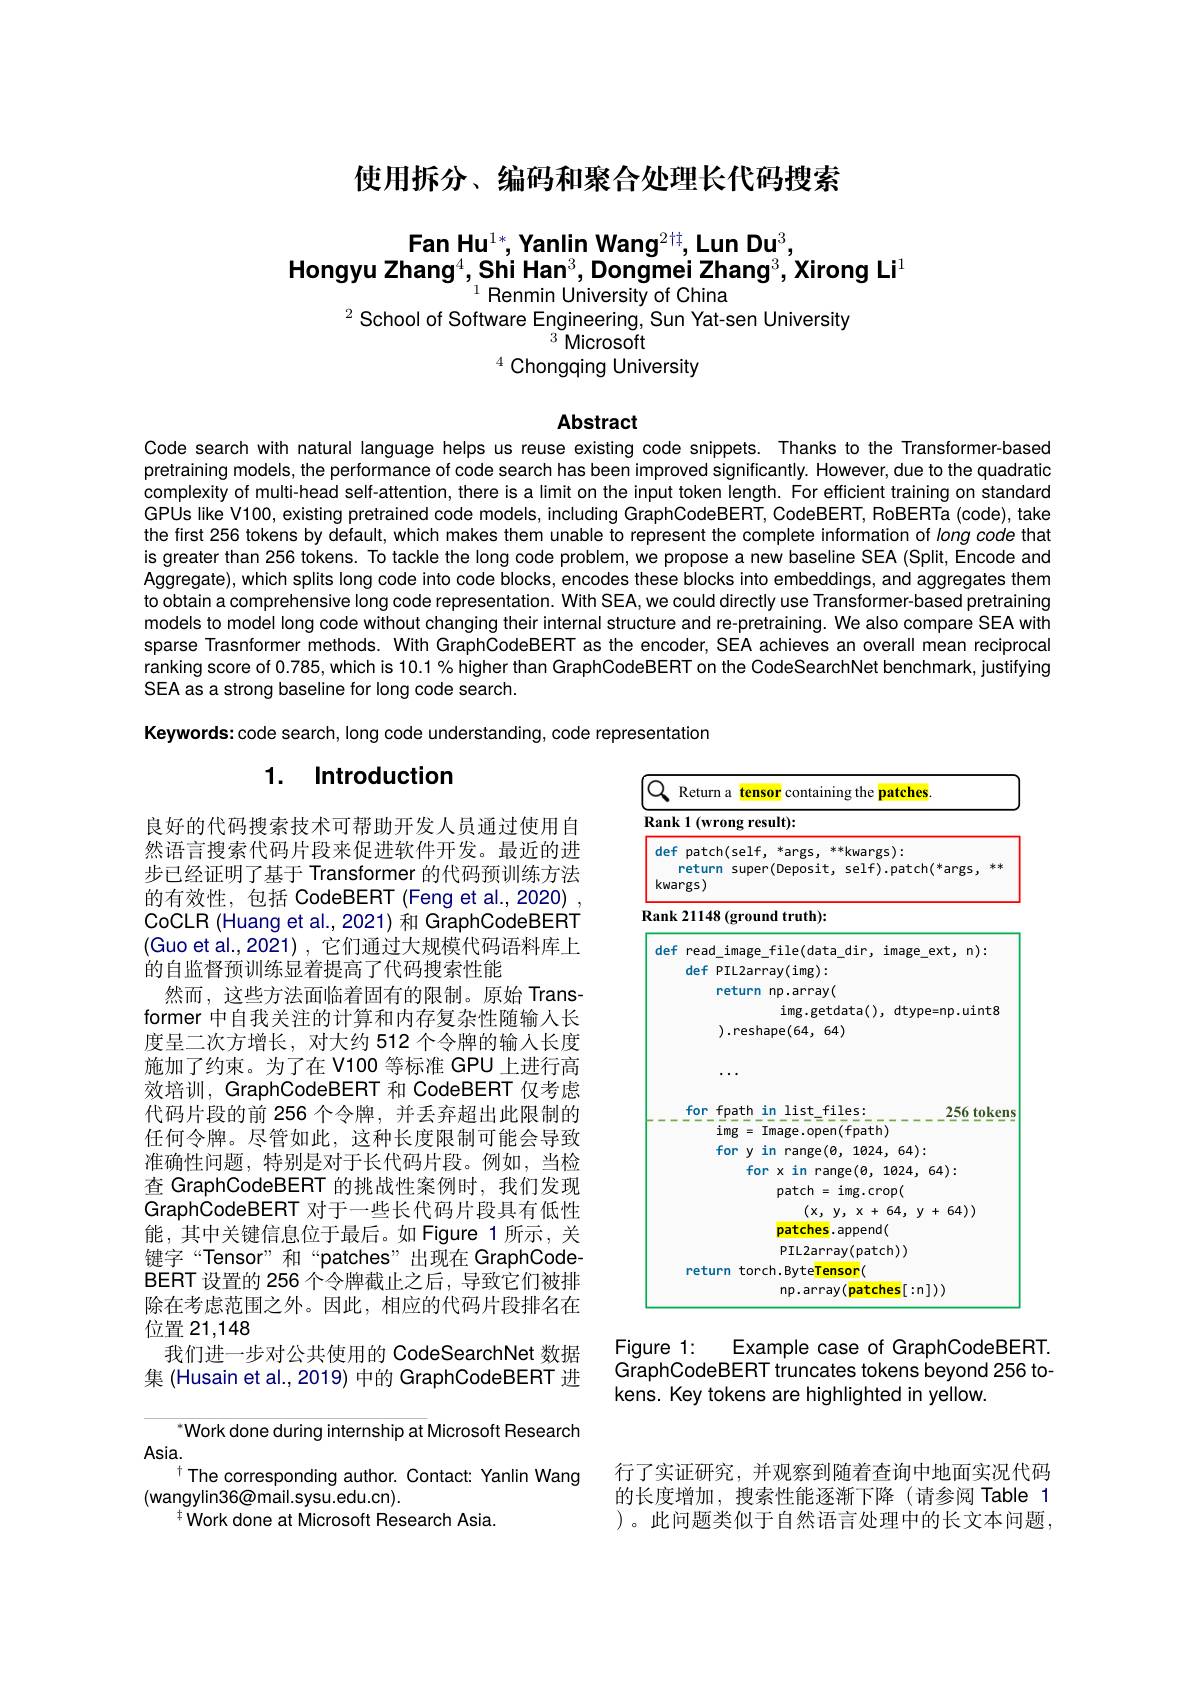
使用拆分、编码和聚合处理长代码搜索

$\textbf{Fan Hu}^{1*},\textbf{Yanlin Wang}^{2\text{t}},\textbf{Lun Du}^{3}$,
Hongyu Zhang$^4,\text{Shi Han}^3$,Dongmei Zhang$^3$,Xirong Li$^1$
# $^{1}{\text{Renmin University of China}}$

$^{2}$School of Software Engineering, Sun Yat-sen University
${}^{3}$Microsoft
$^4$ Chongqing University

Abstract

Code search with natural language helps us reuse existing code snippets. Thanks to the Transformer-based pretraining models, the performance of code search has been improved significantly. However, due to the quadratic complexity of multi-head self-attention, there is a limit on the input token length. For efficient training on standard GPUs like V100, existing pretrained code models, including GraphCodeBERT, CodeBERT, RoBERTa (code), take the first 256 tokens by default, which makes them unable to represent the complete information of long code that is greater than 256 tokens. To tackle the long code problem, we propose a new baseline SEA (Split, Encode and Aggregate), which splits long code into code blocks, encodes these blocks into embeddings, and aggregates them to obtain a comprehensive long code representation. With SEA, we could directly use Transformer-based pretraining models to model long code without changing their internal structure and re-pretraining. We also compare SEA with sparse Trasnformer methods. With GraphCodeBERT as the encoder, SEA achieves an overall mean reciprocal ranking score of 0.785, which is 10.1% higher than GraphCodeBERT on the CodeSearchNet benchmark, justifying SEA as a strong baseline for long code search.

Keywords: code search, Iong code understanding, code representation

## 1. Introduction

<FigureHere>

良好的代码搜索技术可帮助开发人员通过使用自然语言搜索代码片段来促进软件开发。最近的进步已经证明了基于 Transformer 的代码预训练方法的有效性，包括 CodeBERT (Feng et al.,2020) , CoCLR (Huang et al.,2021) 和 GraphCodeBERT (Guo et al.,2021),它们通过大规模代码语料库上的自监督预训练显着提高了代码搜索性能
然而，这些方法面临着固有的限制。原始 Transformer 中自我关注的计算和内存复杂性随输入长度呈二次方增长，对大约 512 个令牌的输入长度施加了约束。为了在 V100 等标准 GPU 上进行高效培训，GraphCodeBERT 和 CodeBERT 仅考虑代码片段的前 256 个令牌，并丢弃超出此限制的任何令牌。尽管如此，这种长度限制可能会导致准确性问题，特别是对于长代码片段。例如，当检查 GraphCodeBERT 的挑战性案例时，我们发现GraphCodeBERT 对于一些长代码片段具有低性能，其中关键信息位于最后。如 Figure 1 所示，关键字“Tensor”和“patches”出现在GraphCodeBERT 设置的 256 个令牌截止之后，导致它们被排除在考虑范围之外。因此，相应的代码片段排名在位置21，148
我们进一步对公共使用的 CodeSearchNet 数据集 (Husain et al.,2019) 中的 GraphCodeBERT 进

Example case of GraphCodeBERT.
Figure 1:
GraphCodeBERT truncates tokens beyond 256 to-
kens. Key tokens are highlighted in yellow.

Work done during internship at Microsoft Research
$Asia.$
The corresponding author. Contact: Yanlin Wang
(wangylin36@mail.sysu.edu.cn).
$^{\dagger}$Work done at Microsoft Research Asia.

行了实证研究，并观察到随着查询中地面实况代码的长度增加 ,搜索性能逐渐下降 (请参阅 Table 1 )。此问题类似于自然语言处理中的长文本问题，